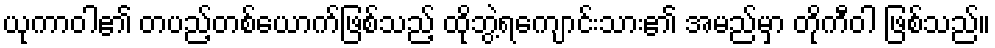
ယုကာဝါ၏ တပည့်တစ်ယောက်ဖြစ်သည့် ထိုဘွဲ့ရကျောင်းသား၏ အမည်မှာ တိုကီဝါ ဖြစ်သည်။